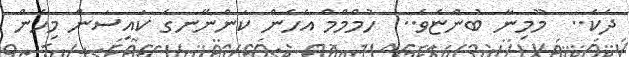
ދެކެ..  މޫމިނާ ބުންޏެވެ..  ހުމްމްމް އެހެން ކަންނޭނގެ ކައިސަން މިހެން